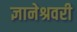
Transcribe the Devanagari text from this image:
ज्ञानेश्रवरी